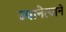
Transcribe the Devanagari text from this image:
ज्यानेत्याने